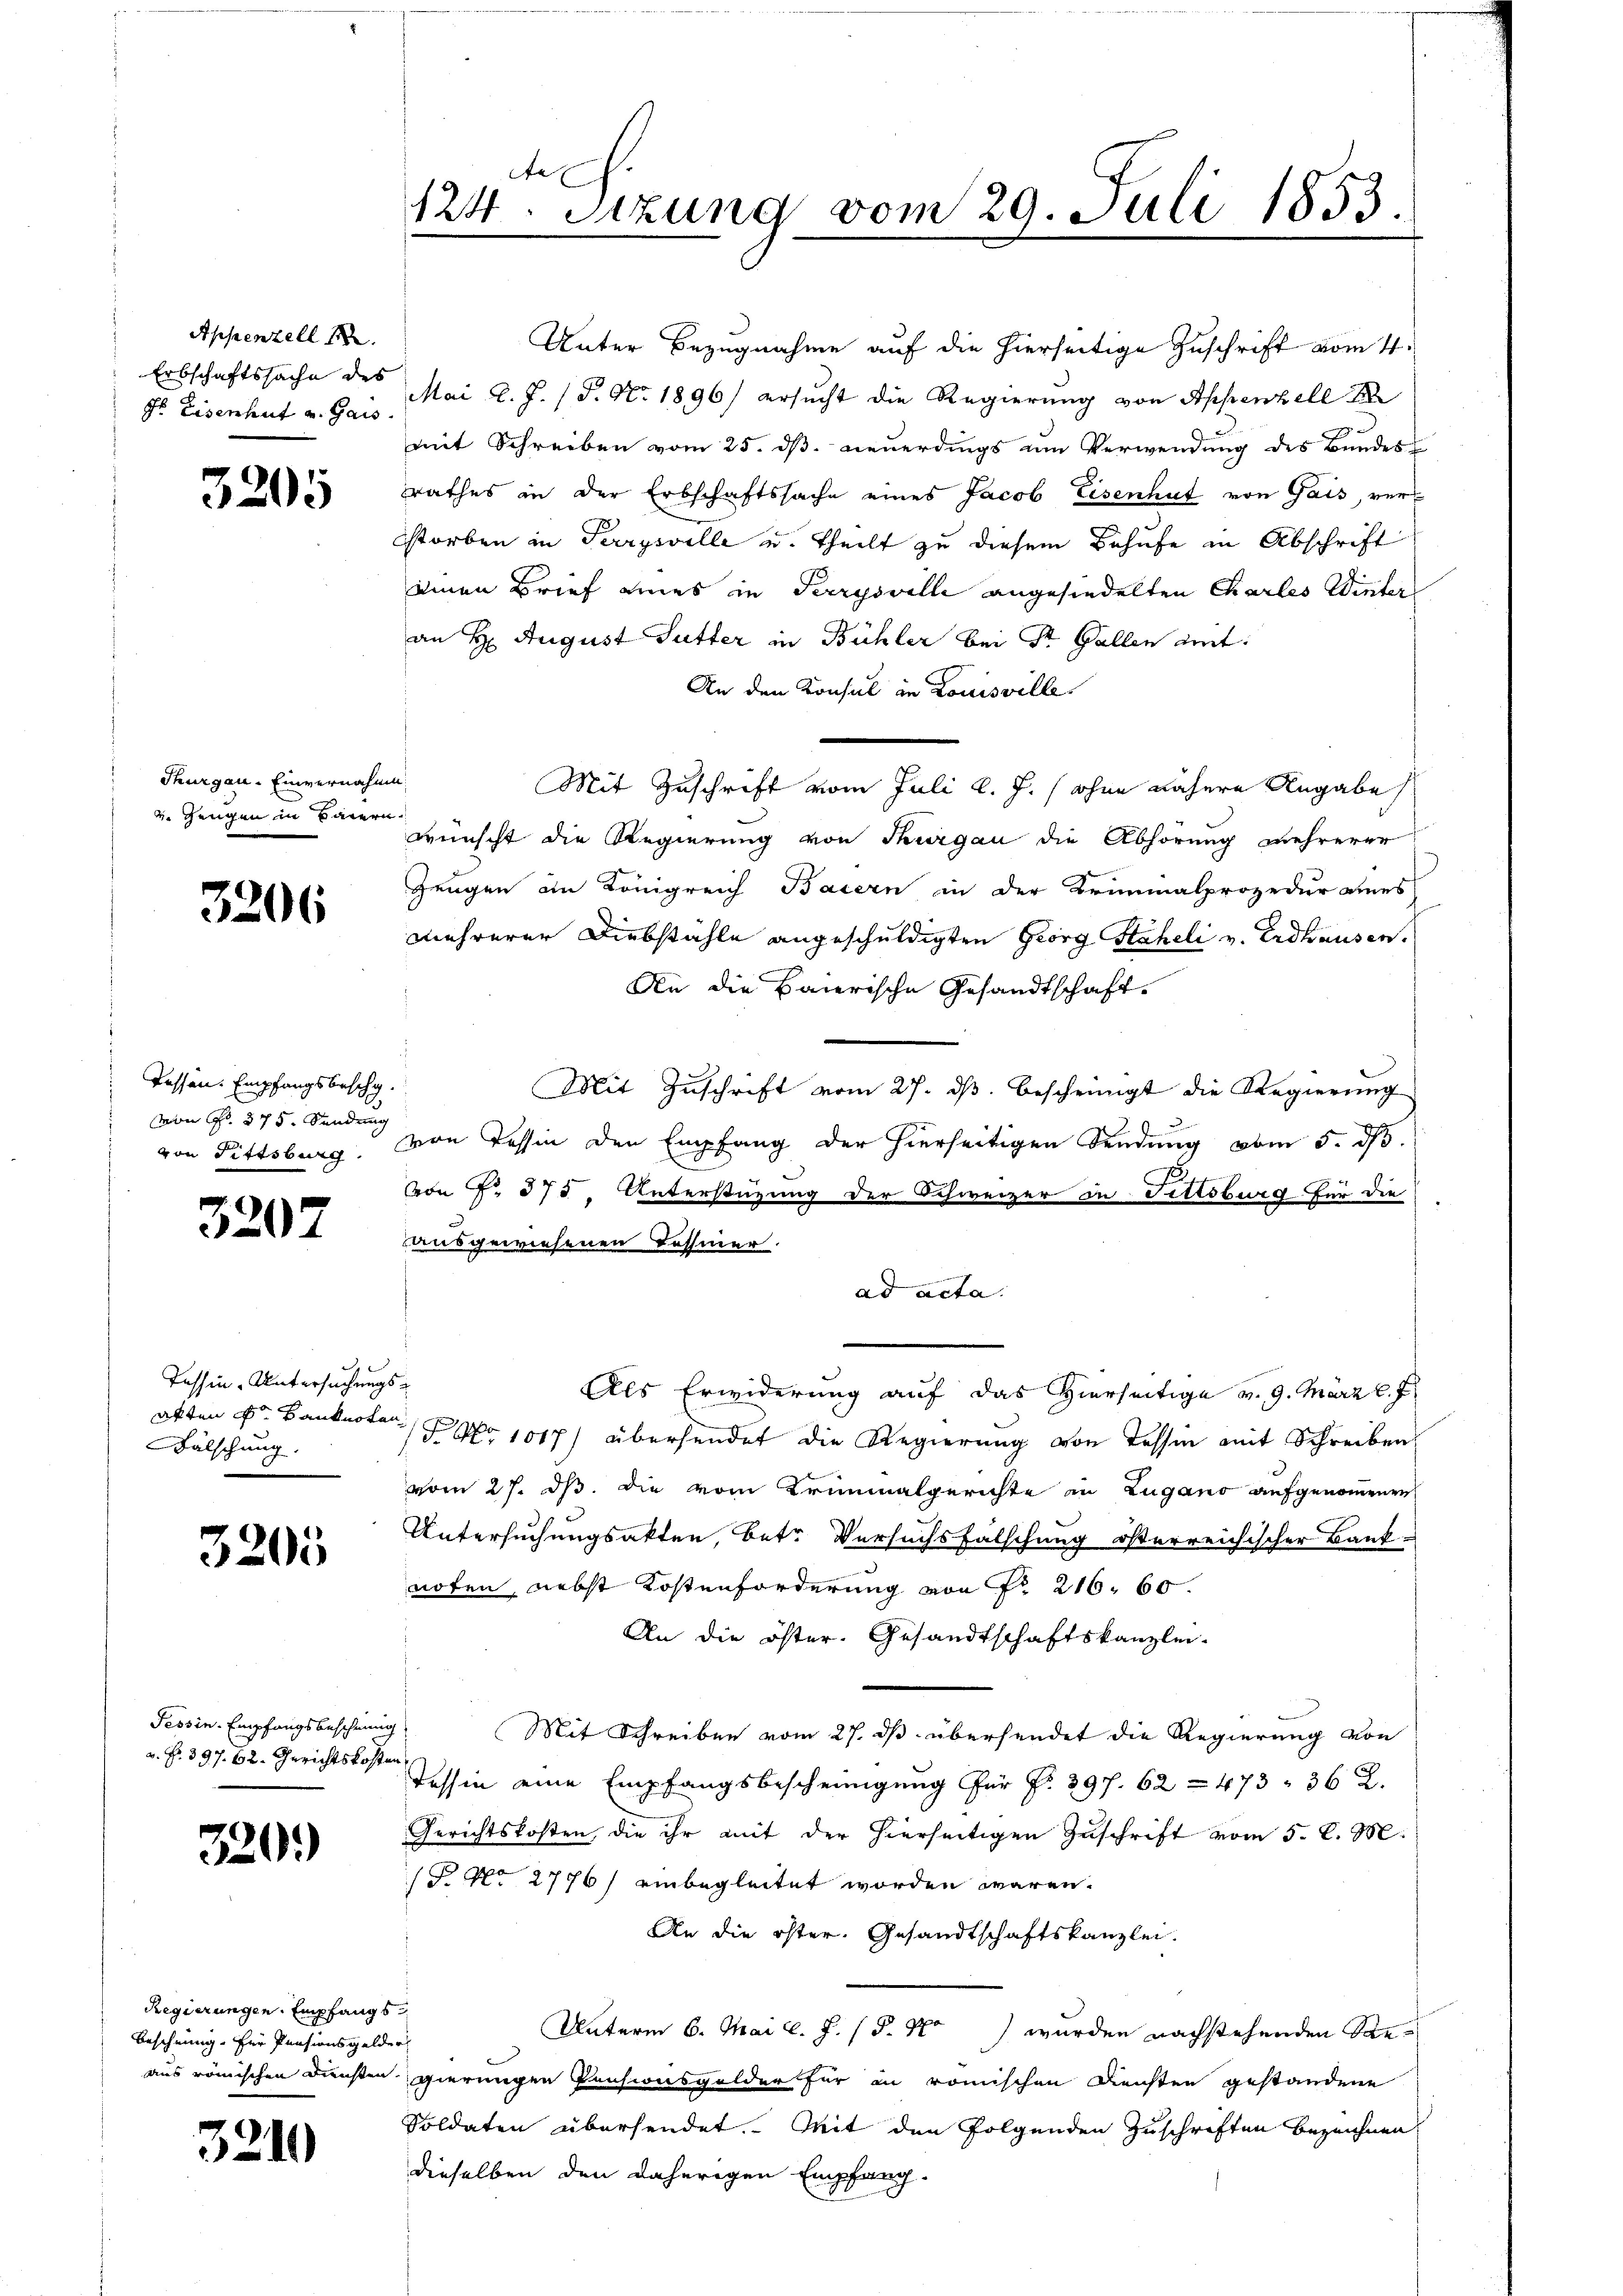
Appenzell I.
Erbschaftssache des
Fr Eisenheit u. Gais

3205

Thurgau-Einvernahme
2. Zeugen in Baiern

3206

Tassen. Empfangsbeschg.
von Fr. 375. Sendung

320

d
Tessin-Untersuchungsakten der Banknoten
Bälschung.

3205

Tessin-Empfangsbescheinig
v. R. 397. 62. Gerichtskoste

320.

Regierungen. Empfangs
Bescheinig. Der Pensionsgelder
aus römischen Diensten.

3219

Stel
124. Sitzung vom 29. Juli 1855.

Unter Bezugnahme auf die hierseitige Zuschrift vom 4.
Mai l. J. (T. No. 1896) ersucht die Regierung von Appenzell I
mit Schreiben vom 25. dβ neŭerdings um Verwendung des Bundes
rathes in der Erbschaftssache eines Jacob Eisenhut von Gais, verstorben in Parrysville u. Theilt zu diesem Behufe in Abschrift
einen Brief eines in Perrysvelle angesiedelten Charles Winters
an H. August Gutter in Bühler bei Dr. Gallen amt:
An den Konsul in Louisville
Mit Zuschrift vom Juli l. J. (ohne nähere Angabe
wünscht die Regierung von Thurgau die Abhörung mehrerer
Zeugen an Königreich Baiern in der Brunnalprozedur eines
mehrerer Diebstähle angeschuldigten Georg Stäheli v. Erdhausen.
An die Baierische Gesandtschaft.
Mit Zuschrift vom 27. ds. bescheinigt die Regierung
von Fittsburg. von Tessin den Empfang der hierseitigen Sendung vom 5. d.
von Fr. 375. Unterstüzung der Schweizer in Fittsburg für die
rausgewiesenen Tessiner.
ad acta
Als Erwiderung auf das Hierseitige v. 9. März l. J.
 No 1017) übersendet die Regierung von Tessin mit Schreiben
vom 27. ds. die vom Kriminalgerichte in Zugano aufgenommenen
Untersuchungsakten, betr. Versuchsfälschung österreichischer Bauf
noten, nebst Kostenforderung von No 216. 60.
An die öster. Gesandtschaftskanzlei-
Mit Schreiben vom 27. ds übersendet die Regierung von
i
Tessin eine Empfangsbescheinigung für Fr. 397. 62 = 473. 362.
Gerichtskosten, die ihr mit der hierseitigen Zuschrift vom 5. d. M.
(P. Nr. 2776) einbegleitet worden wären.
An die öster. Gesandtschaftskanzlei.
Unterm 6. Mai l. J. (§. 1. wurden nachstehenden Regierungen Pensionsgolder für in römischen Diensten gestandene
Soldaten übersendet. Mit den folgenden Zuschriften bezeichnen,
dieselben den daherigen Empfang-